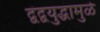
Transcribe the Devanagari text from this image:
द्वंद्वयुद्धामुळे